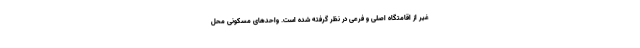
غیر از اقامتگاه اصلی و فرعی در نظر گرفته شده است. واحدهای مسکونی محل